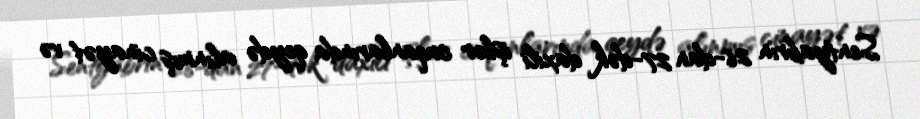
Sentyabrın 26-dan 27-dək daxili işlər orqanlarında qeydə alınmış cinayət və